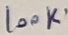
Text: 100K